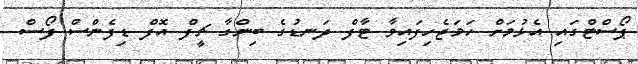
ޕޯސްޓްގައި އެޅުމަށް ހަމަޖެހިފައިވާ ޓާފް ދަނޑުގެ ބިންގާ ޗީފް އޮފް ޑިފެންސް ފޯސް